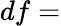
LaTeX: df=